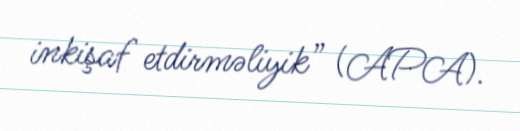
inkişaf etdirməliyik” (APA).